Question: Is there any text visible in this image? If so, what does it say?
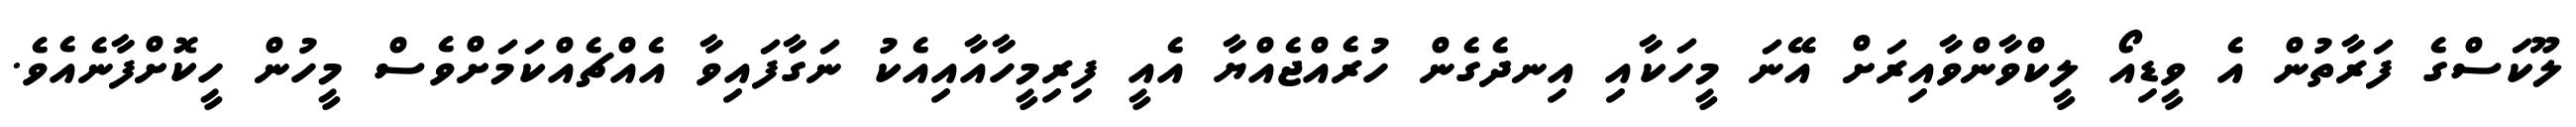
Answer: ލޫކަސްގެ ފަރާތުން އެ ވީޑިއޯ ލީކްވާންވާއިރަށް އޭނަ މީހަކާއި އިނދެގެން ހުރެއްޖެއްޔާ އެއީ ފިރިމީހާއާއިއެކު ނަގާފައިވާ އެއްޗެއްކަމަށްވެސް މީހުން ހީކޮށްފާނެއެވެ.